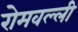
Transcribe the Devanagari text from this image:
रोमवल्ली